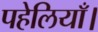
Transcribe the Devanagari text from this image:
पहेलियाँ।